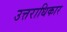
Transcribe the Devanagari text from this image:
उत्तराधिकार